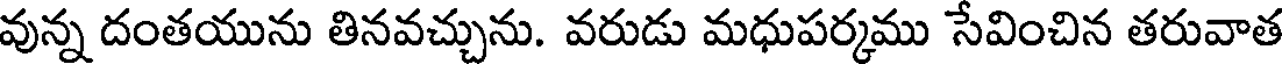
వున్న దంతయును తినవచ్చును. వరుడు మధుపర్కము సేవించిన తరువాత